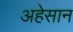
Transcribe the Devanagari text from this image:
अहेसान